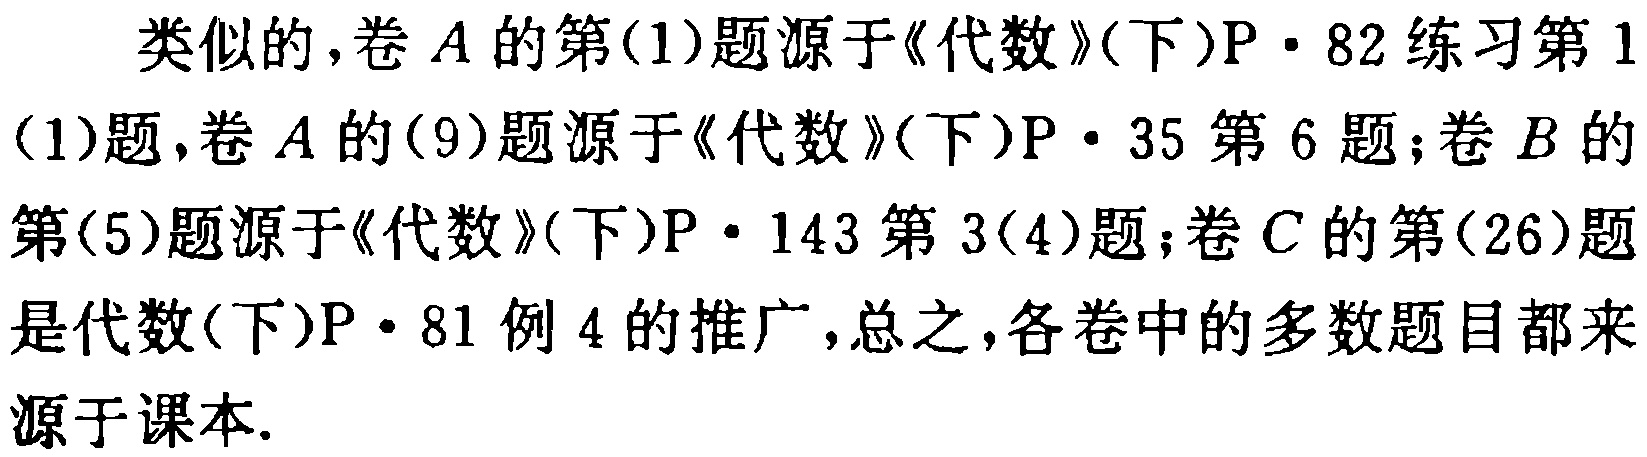
类似的，卷$A$的第(1)题源于《代数》(下)P$\cdot$82练习第1(1)题,卷$A$的(9)题源于《代数》(下)P$\cdot$35第6题；卷$B$的第(5)题源于《代数》(下)P$\cdot$143第3(4)题；卷$C$的第(26)题是代数(下)P$\cdot$81例4的推广,总之,各卷中的多数题目都来源于课本.